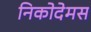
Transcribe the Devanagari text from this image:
निकोदेमस